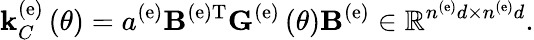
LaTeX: {\mathbf k}_{C}^{\left(\mathrm{e}\right)}\left(\theta\right)=a^{\left(\mathrm{e}\right)}{\mathbf B}^{\left(\mathrm{e}\right)\mathrm{T}}{\mathbf G}^{\left(\mathrm{e}\right)}\left(\theta\right){\mathbf B}^{\left(\mathrm{e}\right)}\in\mathbb{R}^{n^{\left(\mathrm{e}\right)}d\times n^{\left(\mathrm{e}\right)}d}.